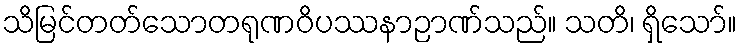
သိမြင်တတ်သောတရုဏဝိပဿနာဉာဏ်သည်။ သတိ၊ ရှိသော်။